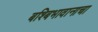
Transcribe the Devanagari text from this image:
बश्बिभावानाचा